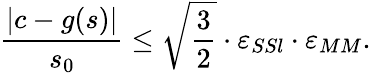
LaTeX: \frac{|c-g(s)|}{s_{0}}\leq\sqrt\frac 32\cdot\varepsilon_{SSl}\cdot\varepsilon_{MM}.